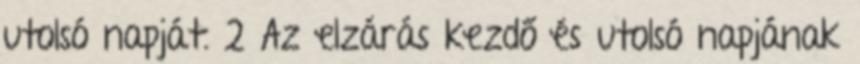
utolsó napját. 2 Az elzárás kezdő és utolsó napjának